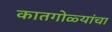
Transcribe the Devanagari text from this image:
कातगोळ्यांचा